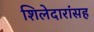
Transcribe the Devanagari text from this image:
शिलेदारांसह